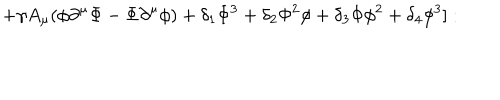
+ \gamma A _ { \mu } ( \phi \partial ^ { \mu } \Phi - \Phi \partial ^ { \mu } \phi ) + \delta _ { 1 } \Phi ^ { 3 } + \delta _ { 2 } \Phi ^ { 2 } \phi + \delta _ { 3 } \Phi \phi ^ { 2 } + \delta _ { 4 } \phi ^ { 3 } ] :